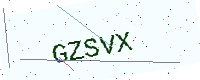
Text: GZSVX